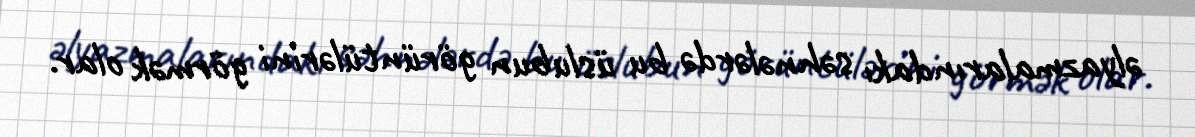
əlyazmalarındakı səhnələrdə bu üslubun görüntülərini görmək olar.